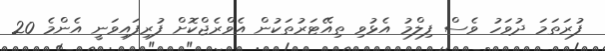
ފުރަތަމަ ދުވަހު ވެސް ފިލްމު އެޅުވި ތިއޭޓަރުތަކުން އެވްރެޖްކޮށް ފުރިފައިވަނީ އެންމެ 20